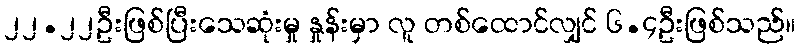
၂၂.၂၂ဦးဖြစ်ပြီးသေဆုံးမှု နှုန်းမှာ လူ တစ်ထောင်လျှင် ၆.၄ဦးဖြစ်သည်။